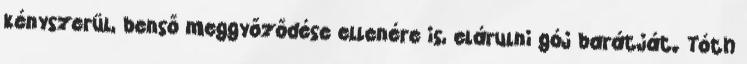
kényszerül, benső meggyőződése ellenére is, elárulni gój barátját. Tóth